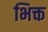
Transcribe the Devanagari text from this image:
भिक्त